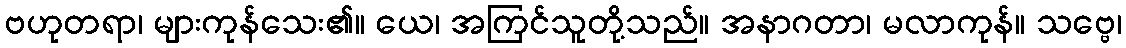
ဗဟုတရာ၊ များကုန်သေး၏။ ယေ၊ အကြင်သူတို့သည်။ အနာဂတာ၊ မလာကုန်။ သဗ္ဗေ၊